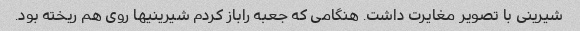
شیرینی با تصویر مغایرت داشت. هنگامی که جعبه راباز کردم شیرینیها روی هم ریخته بود.